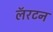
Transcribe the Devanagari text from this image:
लॅरटन